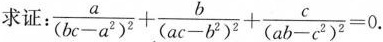
求证： $$\frac{a}{(bc-a^{2})^{2}}+ \frac{b}{(ac-b^{2})^{2}}+ \frac{c}{(ab-c^{2})^{2}}=0.$$